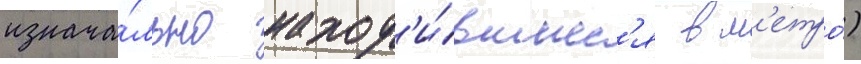
изнача́льно наход'и́вшиес'я в м'етро́)